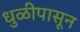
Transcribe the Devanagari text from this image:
धुळीपासून